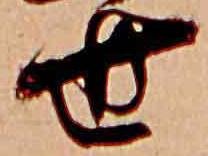
世